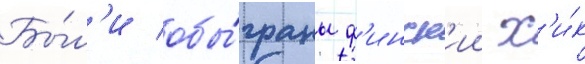
Бы́л'и обы́граны ф'инск'ии х'и́к